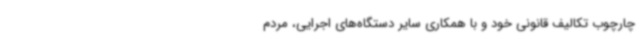
چارچوب تکالیف قانونی خود و با همکاری سایر دستگاه‌های اجرایی، مردم